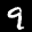
Digit: 9